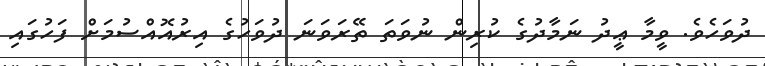
ދުވަހެވެ. ވީމާ ޢީދު ނަމާދުގެ ކުރިން ނުވަތަ ތޭރަވަނަ ދުވަހުގެ އިރުއޮއްސުމަށް ފަހުގައި